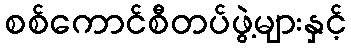
စစ်ကောင်စီတပ်ဖွဲ့များနှင့်